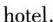
hotel.